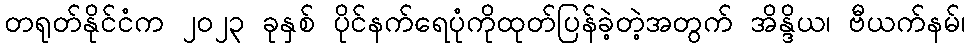
တရုတ်နိုင်ငံက ၂၀၂၃ ခုနှစ် ပိုင်နက်ရေပုံကိုထုတ်ပြန်ခဲ့တဲ့အတွက် အိန္ဒိယ၊ ဗီယက်နမ်၊